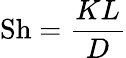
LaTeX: \mathrm{Sh}={\frac{KL}{D}}